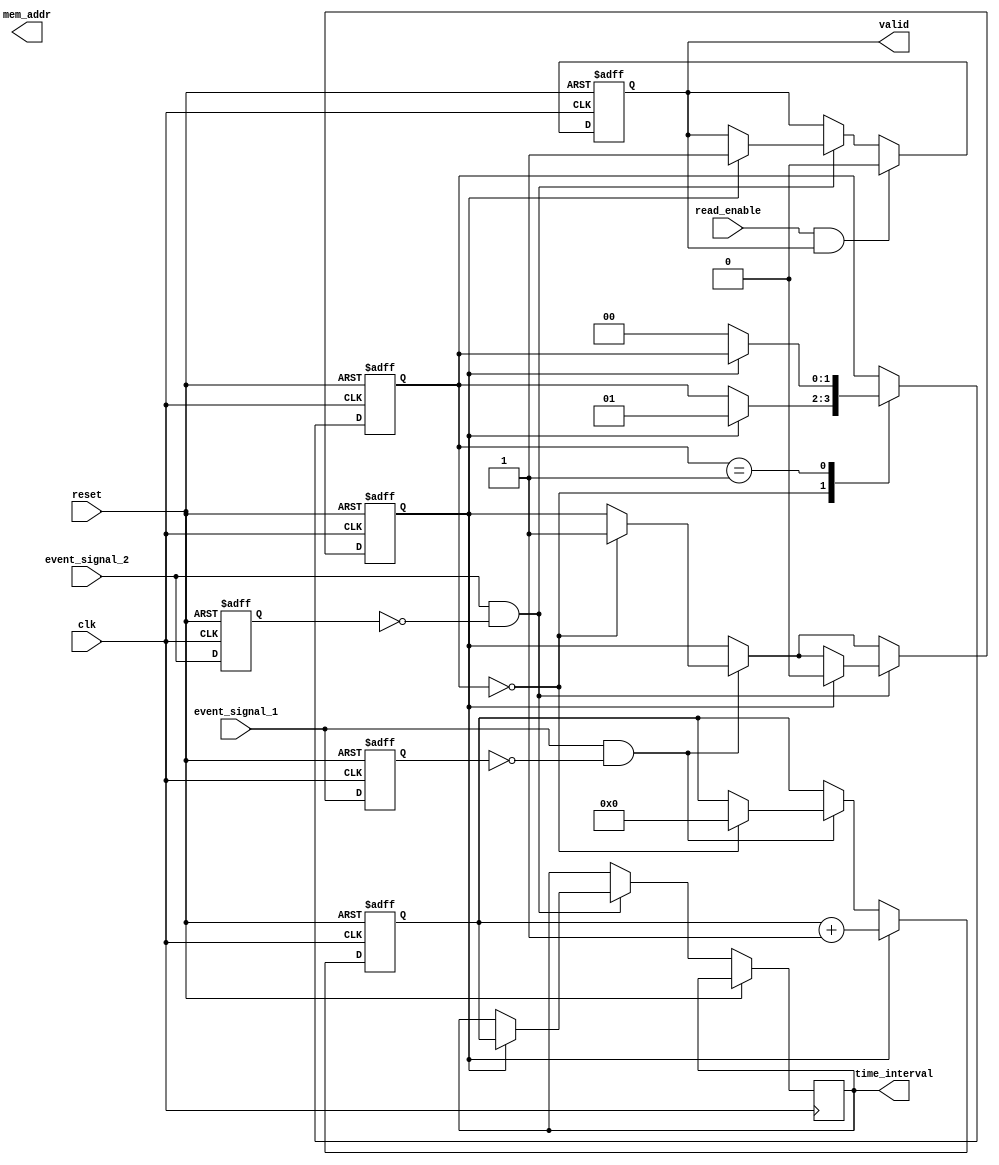
module TDC (
    input wire clk,                 // High-frequency clock
    input wire reset,               // Asynchronous reset
    input wire event_signal_1,      // First event input signal
    input wire event_signal_2,      // Second event input signal
    output reg [15:0] time_interval, // Time interval output
    output reg valid,               // Valid signal for output data
    output reg [7:0] mem_addr,      // Memory address for storing time intervals
    input wire read_enable           // Signal to read from memory
);

    // Internal signals
    reg [15:0] counter;              // Time measurement counter
    reg [1:0] state;                 // State variable for FSM
    reg capturing;                   // Capturing flag
    reg [15:0] memory [255:0];       // Memory array for time intervals
    reg [7:0] write_pointer;         // Pointer for writing to memory

    // State encoding
    localparam IDLE = 2'b00;
    localparam CAPTURING = 2'b01;
    localparam READING = 2'b10;

    // Edge detection for event signals
    reg event_1_prev;
    reg event_2_prev;

    always @(posedge clk or posedge reset) begin
        if (reset) begin
            event_1_prev <= 0;
            event_2_prev <= 0;
            state <= IDLE;
            counter <= 0;
            capturing <= 0;
            write_pointer <= 0;
            valid <= 0;
        end else begin
            // Detect edges for event signals
            if (event_signal_1 && ~event_1_prev) begin // Rising edge detected
                if (state == IDLE) begin
                    capturing <= 1;
                    counter <= 0; // Reset counter on first event
                end
            end
            if (event_signal_2 && ~event_2_prev) begin // Rising edge detected
                if (capturing) begin
                    time_interval <= counter; // Capture time interval
                    valid <= 1; // Indicate valid data is available
                    memory[write_pointer] <= time_interval; // Store in memory
                    if (write_pointer < 255) begin
                        write_pointer <= write_pointer + 1; // Increment write pointer
                    end
                    capturing <= 0; // Stop capturing
                end
            end

            // Update state machine
            case (state)
                IDLE: begin
                    if (capturing) begin
                        state <= CAPTURING;
                    end
                end
                CAPTURING: begin
                    if (!capturing) begin
                        state <= IDLE;
                    end
                end
                READING: begin
                    // Logic for reading memory can be implemented here
                end
            endcase

            // Simple memory read logic
            if (read_enable && valid) begin
                // Read from memory logic can be implemented here
                // For example, you could output the stored time interval
                valid <= 0; // Clear valid signal after read
            end

            // Increment counter if we are capturing
            if (capturing) begin
                counter <= counter + 1;
            end

            // Update previous event signals
            event_1_prev <= event_signal_1;
            event_2_prev <= event_signal_2;
        end
    end

endmodule